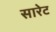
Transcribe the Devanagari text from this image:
सारेट